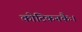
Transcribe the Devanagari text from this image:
कोटिकनकैः।